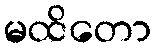
မထိတော